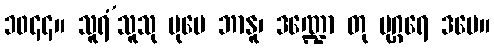
၁၀၄၄။ သူရံ’သူသု ပုမေ ဘာနူ၊ ဒဏ္ဍော တု မုဂ္ဂရေ ဒမေ။